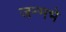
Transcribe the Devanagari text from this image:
जन्मभे